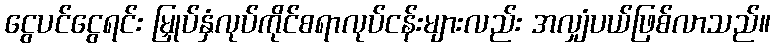
ငွေပင်ငွေရင်း မြှုပ်နှံလုပ်ကိုင်စရာလုပ်ငန်းများလည်း အလျှံပယ်ဖြစ်လာသည်။